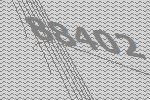
88402